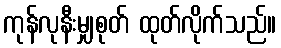
ကုန်လုနီးမျှစုတ် ထုတ်လိုက်သည်။